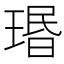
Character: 瑉